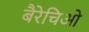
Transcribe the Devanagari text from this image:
बैरेचिओ